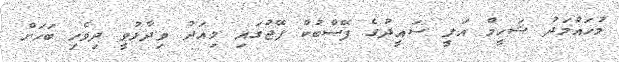
މުހައްމަދު ޝަހީމް އަލީ ސައީދުގެ ފޭސްބުކް ޕޭޖުގައި މިއަދު ވިދާޅުވީ ދިވެހި ބަހަށް